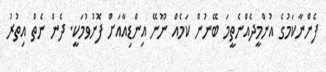
ފެންނާކަމުގެ އުންމީދެއްނެެތީމަ ބޭނުން ކަމެއް ނޫނޭ އިންޑިއާއަށް ފޮނުވުމަކީ. ދެެން ނެތް އިތުރު